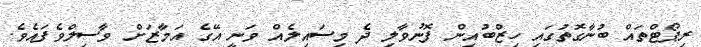
ރިޕޯޓްތައް ބުނާގޮތުގައި ހިޒްބުއިން ފޮނުވާލި ދެ މިސައިލެއް ވަނީ އޭގެ އަމާޒަށް ވާސިލްވެފައެވެ.